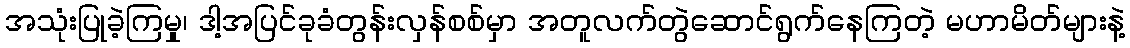
အသုံးပြုခဲ့ကြမှု၊ ဒါ့အပြင်ခုခံတွန်းလှန်စစ်မှာ အတူလက်တွဲဆောင်ရွက်နေကြတဲ့ မဟာမိတ်များနဲ့